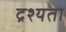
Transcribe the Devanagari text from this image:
द्रश्यता